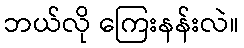
ဘယ်လို ကြေးနန်းလဲ။